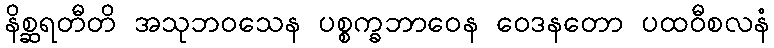
နိစ္ဆရတီတိ အသုဘဝသေန ပစ္စက္ခဘာဝေန ဝေဒနတော ပထဝီစလနံ